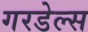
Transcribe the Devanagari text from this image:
गरडेल्स